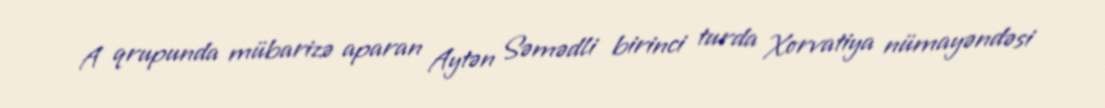
A qrupunda mübarizə aparan Aytən Səmədli birinci turda Xorvatiya nümayəndəsi